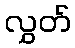
လွှတ်